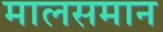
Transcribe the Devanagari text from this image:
मालसमान